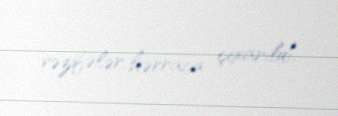
vəzifələr hərraca çıxarıldı.